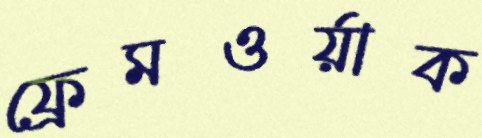
ফ্রেমওর্য়াক